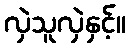
လှဲသူလှဲနှင့်။